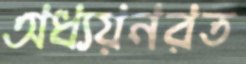
অধ্যয়নরত